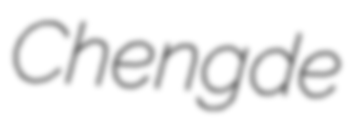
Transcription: Chengde